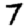
Digit: 7